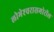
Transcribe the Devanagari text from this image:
लोभेश्‍वरासमोरील